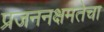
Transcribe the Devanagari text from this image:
प्रजननक्षमतेचा